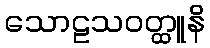
သောဠသဝတ္ထူနိ